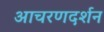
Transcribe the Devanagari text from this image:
आचरणदर्शन